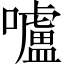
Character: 嚧